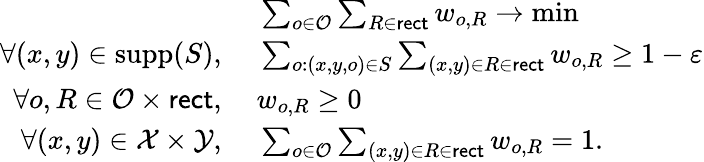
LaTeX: \begin{array}{rl}&{~\sum_{o\in\mathcal{O}}\sum_{R\in\mathsf{rect}}w_{o,R}\to\operatorname*{min}}\\ {\forall(x,y)\in\mathrm{supp}(S),}&{~\sum_{o:(x,y,o)\in S}\sum_{(x,y)\in R\in\mathsf{rect}}w_{o,R}\ge 1-\varepsilon}\\ {\forall o,R\in\mathcal{O}\times\mathsf{rect},}&{~w_{o,R}\ge 0}\\ {\forall(x,y)\in\mathcal{X}\times\mathcal{Y},}&{~\sum_{o\in\mathcal{O}}\sum_{(x,y)\in R\in\mathsf{rect}}w_{o,R}=1.}\end{array}